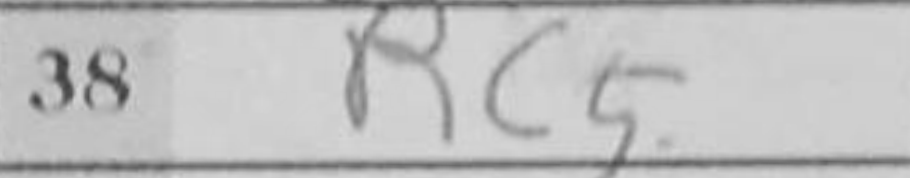
Transcription: Rc5